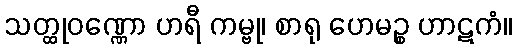
သတ္ထုဝဏ္ဏော ဟရီ ကမ္ဗု၊ စာရု ဟေမဉ္စ ဟာဋကံ။